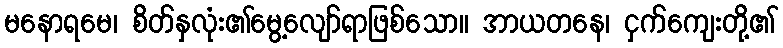
မနောရမေ၊ စိတ်နှလုံး၏မွေ့လျော်ရာဖြစ်သော။ အာယတနေ၊ ငှက်ကျေးတို့၏